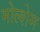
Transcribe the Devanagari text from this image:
मोल्शेम